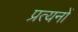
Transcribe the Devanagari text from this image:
प्रत्यनों